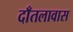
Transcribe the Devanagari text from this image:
दाँतलावास